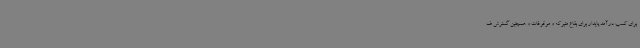
برای کسب درآمد پایدار برای بقاع متبرکه و موقوفات و همچنین گسترش ف